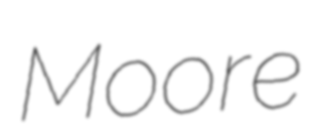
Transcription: Moore